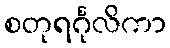
စတုရင်္ဂုလိကာ